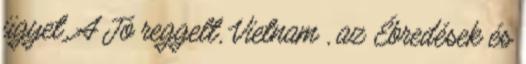
ügyet. A Jó reggelt, Vietnam , az Ébredések és